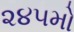
૨૪૫મો